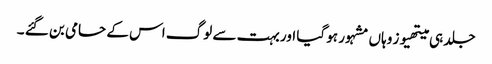
جلد ہی میتھیوز وہاں مشہور ہو گیا اور بہت سے لوگ اس کے حامی بن گئے ۔